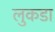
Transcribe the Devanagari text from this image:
लुकडा